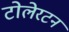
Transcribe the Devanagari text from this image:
टोलेरटन